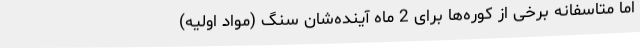
اما متاسفانه برخی از کوره‌ها برای 2 ماه آینده‌شان سنگ (مواد اولیه)